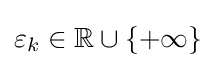
\varepsilon _{k}\in \mathbb {R} \cup \lbrace +\infty \rbrace